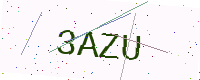
Text: 3AZU